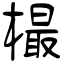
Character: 樶